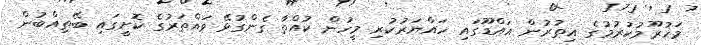
މަހުރޫމުކުރުމުގެ އިތުރުން އައްޑޫގައި ހައްޔަރުކުރި މީހުން ކުއްތާ ގެންގުޅޭ ވައްތަރުގެ ކޮށީގައި ބޭތިއްބުން